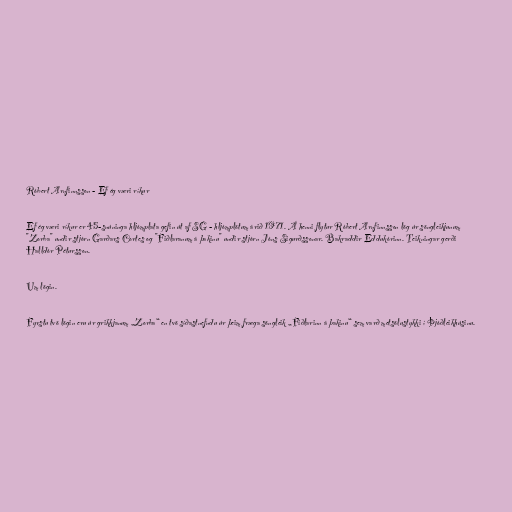
Róbert Arnfinnsson - Ef ég væri ríkur

Ef ég væri ríkur er 45-snúninga hljómplata gefin út af SG - hljómplötum árið 1971. Á henni flytur Róbert Arnfinnsson lög úr söngleikjunum
"Zorba" undir stjórn Garðars Cortes og "Fiðlaranum á þakinu" undir stjórn Jóns Sigurðssonar. Bakraddir Eddukórinn. Teikningar gerði
Halldór Pétursson.

Um lögin.

Fyrstu tvö lögin eru úr grikkjanum „Zorba“ en tvö síðastnefndu úr þeim fræga söngleik „Fiðlarinn á þakinu“ sem varð metsölustykki í Þjóðleikhúsinu.